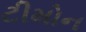
ટીમોન